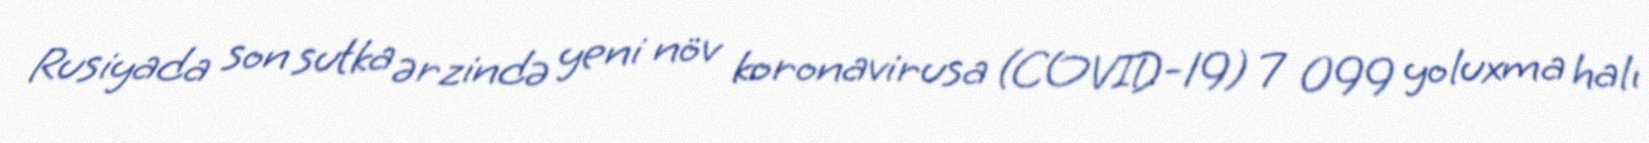
Rusiyada son sutka ərzində yeni növ koronavirusa (COVID-19) 7 099 yoluxma halı